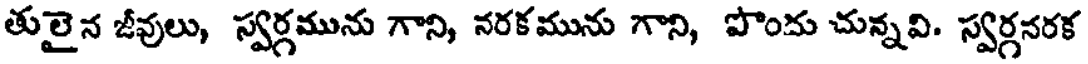
తులైన జీవులు, స్వర్గమును గాని, నరకమును గాని, పొందు చున్నవి. స్వర్గనరక